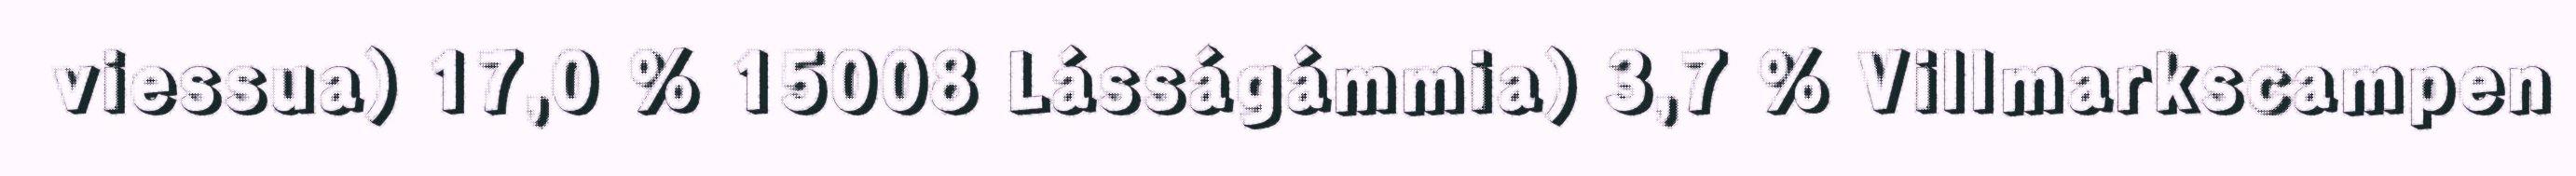
viessua) 17,0 % 15008 Lásságámmia) 3,7 % Villmarkscampen